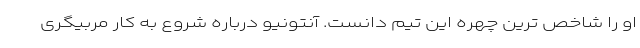
او را شاخص ترین چهره این تیم دانست. آنتونیو درباره شروع به کار مربیگری